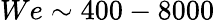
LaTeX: We\sim 400-8000